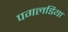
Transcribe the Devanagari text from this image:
पगलडिया